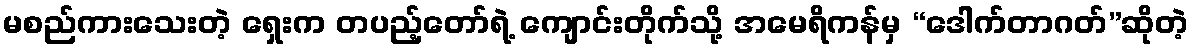
မစည်ကားသေးတဲ့ ရှေးက တပည့်တော်ရဲ့ ကျောင်းတိုက်သို့ အမေရိကန်မှ “ဒေါက်တာဂတ်”ဆိုတဲ့